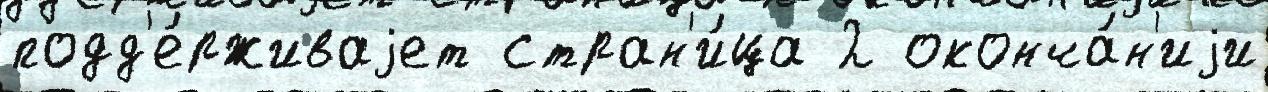
подд'е́рживаjет стран'и́ца 2 оконча́н'иjи